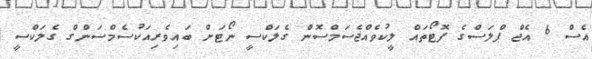
އެސް 6 އެޖް ޕްލަސްގެ ފޮޓޯތައް ލީކުވެއްޖެސަމްސޮން ގެލަކްސީ ނޯޓަށް ބައިވެރިއަކުސެމްސަންގް ގެލަކްސީ